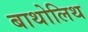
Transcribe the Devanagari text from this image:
बाथोलिथ